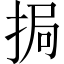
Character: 挶